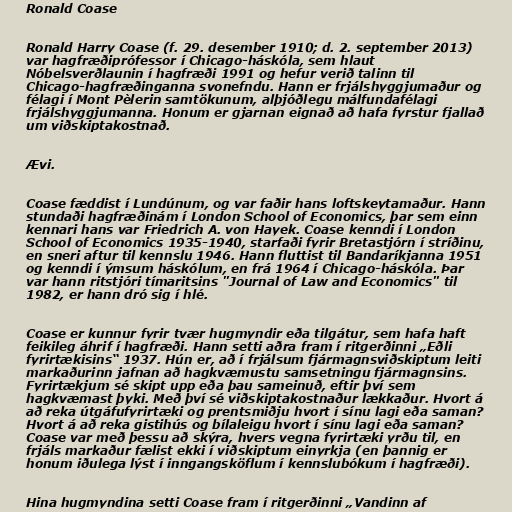
Ronald Coase

Ronald Harry Coase (f. 29. desember 1910; d. 2. september 2013)
var hagfræðiprófessor í Chicago-háskóla, sem hlaut
Nóbelsverðlaunin í hagfræði 1991 og hefur verið talinn til
Chicago-hagfræðinganna svonefndu. Hann er frjálshyggjumaður og
félagi í Mont Pèlerin samtökunum, alþjóðlegu málfundafélagi
frjálshyggjumanna. Honum er gjarnan eignað að hafa fyrstur fjallað
um viðskiptakostnað.

Ævi.

Coase fæddist í Lundúnum, og var faðir hans loftskeytamaður. Hann
stundaði hagfræðinám í London School of Economics, þar sem einn
kennari hans var Friedrich A. von Hayek. Coase kenndi í London
School of Economics 1935-1940, starfaði fyrir Bretastjórn í stríðinu,
en sneri aftur til kennslu 1946. Hann fluttist til Bandaríkjanna 1951
og kenndi í ýmsum háskólum, en frá 1964 í Chicago-háskóla. Þar
var hann ritstjóri tímaritsins "Journal of Law and Economics" til
1982, er hann dró sig í hlé.

Coase er kunnur fyrir tvær hugmyndir eða tilgátur, sem hafa haft
feikileg áhrif í hagfræði. Hann setti aðra fram í ritgerðinni „Eðli
fyrirtækisins“ 1937. Hún er, að í frjálsum fjármagnsviðskiptum leiti
markaðurinn jafnan að hagkvæmustu samsetningu fjármagnsins.
Fyrirtækjum sé skipt upp eða þau sameinuð, eftir því sem
hagkvæmast þyki. Með því sé viðskiptakostnaður lækkaður. Hvort á
að reka útgáfufyrirtæki og prentsmiðju hvort í sínu lagi eða saman?
Hvort á að reka gistihús og bílaleigu hvort í sínu lagi eða saman?
Coase var með þessu að skýra, hvers vegna fyrirtæki yrðu til, en
frjáls markaður fælist ekki í viðskiptum einyrkja (en þannig er
honum iðulega lýst í inngangsköflum í kennslubókum í hagfræði).

Hina hugmyndina setti Coase fram í ritgerðinni „Vandinn af